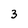
Character: 3